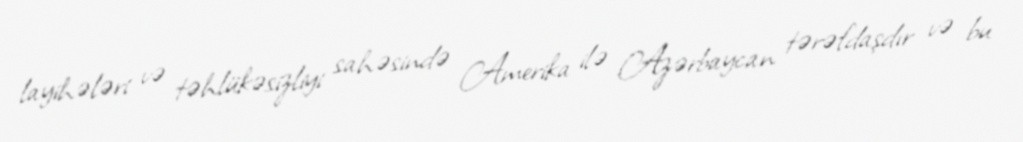
layihələri və təhlükəsizliyi sahəsində Amerika ilə Azərbaycan tərəfdaşdır və bu